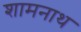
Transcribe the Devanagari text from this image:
शामनाथ